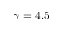
\gamma = 4 . 5